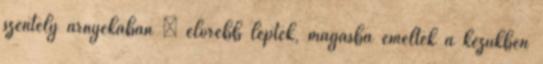
szentély árnyékában – előrébb léptek, magasba emelték a kezükben